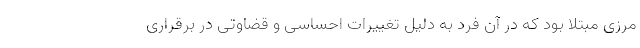
مرزی مبتلا بود که در آن فرد به دلیل تغییرات احساسی و قضاوتی در برقراری